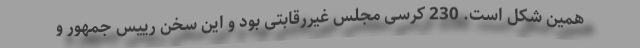
همین شکل است. 230 کرسی مجلس غیررقابتی بود و این سخن رییس جمهورِ و